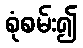
စုံစမ်း၍